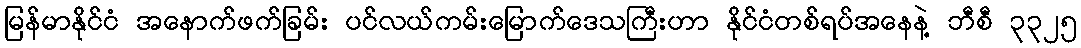
မြန်မာနိုင်ငံ အနောက်ဖက်ခြမ်း ပင်လယ်ကမ်းမြောက်ဒေသကြီးဟာ နိုင်ငံတစ်ရပ်အနေနဲ့ ဘီစီ ၃၃၂၅